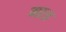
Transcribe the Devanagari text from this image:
गात्र